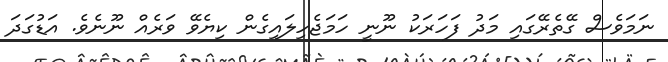
ނަމަވެސް ގޭތެރޭގައި މަދު ފަހަރަކު ނޫނީ ހަމަޖެހިލައިގެން ކިޔެވޭ ވަރެއް ނޫނެވެ. އަޑުގަދަ